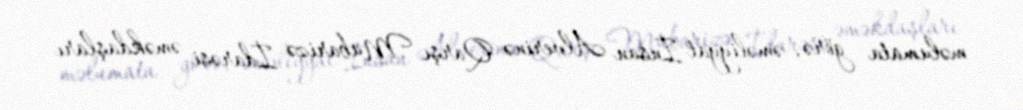
məlumata görə, əməliyyat İnsan Alverinə Qarşı Mübarizə İdarəsi əməkdaşları